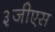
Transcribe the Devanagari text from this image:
३जीएस